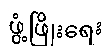
ဖွံ့ဖြိုးရေး